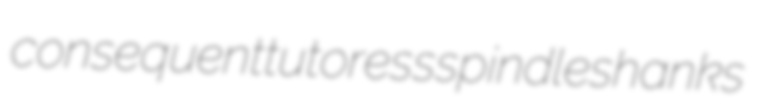
consequent tutoress spindleshanks